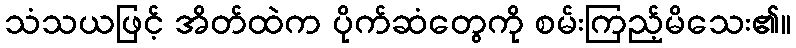
သံသယဖြင့် အိတ်ထဲက ပိုက်ဆံတွေကို စမ်းကြည့်မိသေး၏။